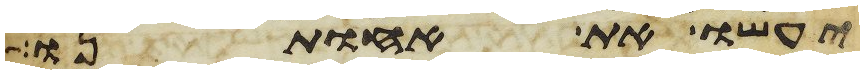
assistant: יעשו את אחותנו